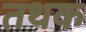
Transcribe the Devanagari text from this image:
तथक